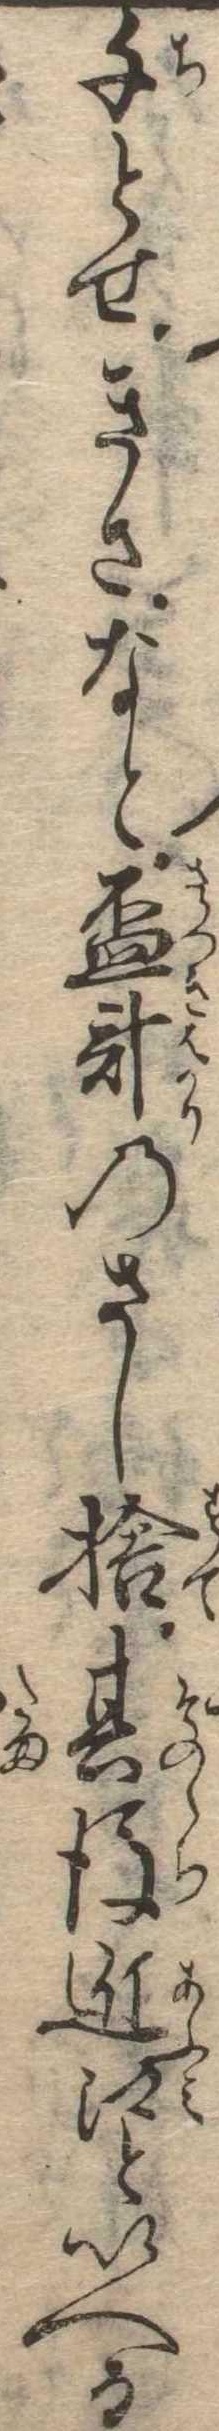
千とせきさなと杯計のさし捨其後近江といへる